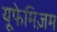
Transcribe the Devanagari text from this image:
यूफेमिज़म